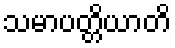
သမာပတ္တိယာတိ